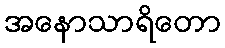
အနောသာရိတော